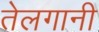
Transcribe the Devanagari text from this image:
तेलगानी